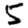
Digit: 5